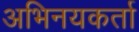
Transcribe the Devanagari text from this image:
अभिनयकर्ता